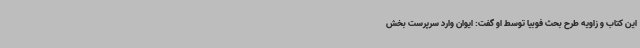
این کتاب و زاویه طرح بحث فوبیا توسط او گفت: ایوان وارد سرپرست بخش